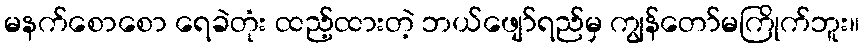
မနက်စောစော ရေခဲတုံး ထည့်ထားတဲ့ ဘယ်ဖျော်ရည်မှ ကျွန်တော်မကြိုက်ဘူး။